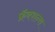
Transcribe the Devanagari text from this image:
फ्रॅक्शन्स